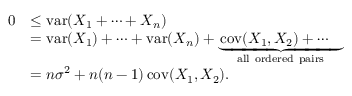
{ \begin{array} { r l } { 0 } & { \leq \operatorname { v a r } ( X _ { 1 } + \cdots + X _ { n } ) } \\ & { = \operatorname { v a r } ( X _ { 1 } ) + \cdots + \operatorname { v a r } ( X _ { n } ) + \underbrace { \operatorname { c o v } ( X _ { 1 } , X _ { 2 } ) + \cdots \quad } _ { \mathrm { a l l ~ o r d e r e d ~ p a i r s } } } \\ & { = n \sigma ^ { 2 } + n ( n - 1 ) \operatorname { c o v } ( X _ { 1 } , X _ { 2 } ) . } \end{array} }